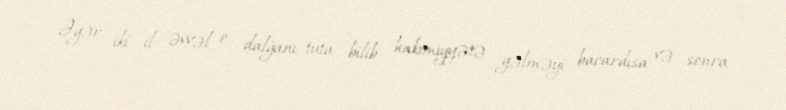
Əgər iki il əvvəl o, dalğanı tuta bilib hakimiyyətə gəlməyi bacardısa və sonra